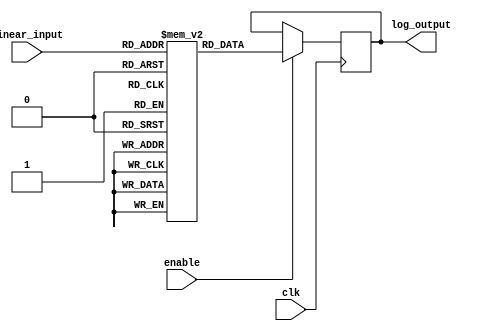
module LogarithmicScalingCircuit (
    input  wire [7:0]  linear_input,  // 8-bit linear input (0 to 255)
    input  wire        clk,            // Clock signal
    input  wire        enable,         // Enable signal for the circuit
    output reg  [9:0]  log_output      // 10-bit logarithmic output
);

    // Logarithm lookup table for values 1 to 255.
    // This table holds precomputed log values scaled to fit in 10 bits.
    reg [9:0] log_lut [0:255];

    initial begin
        // Initialize the LUT with logarithmic values in fixed-point format
        // log_lut[i] = floor(log2(i) * 256) as an example of fixed-point representation
        log_lut[0] = 10'b0000000000; // log(0) is undefined, set to 0 for safety
        log_lut[1] = 10'b0000000000; // log(1) = 0
        log_lut[2] = 10'b0100000000; // log(2) ~ 1
        log_lut[3] = 10'b0101100000; // log(3) ~ 1.585
        log_lut[4] = 10'b0110000000; // log(4) = 2
        // ... fill in the rest of the LUT values ...
        log_lut[255] = 10'b1111111111; // log(255) ~ 7.999
    end

    always @(posedge clk) begin
        if (enable) begin
            // Fetch the logarithmic value from the LUT
            log_output <= log_lut[linear_input];
        end
    end

endmodule